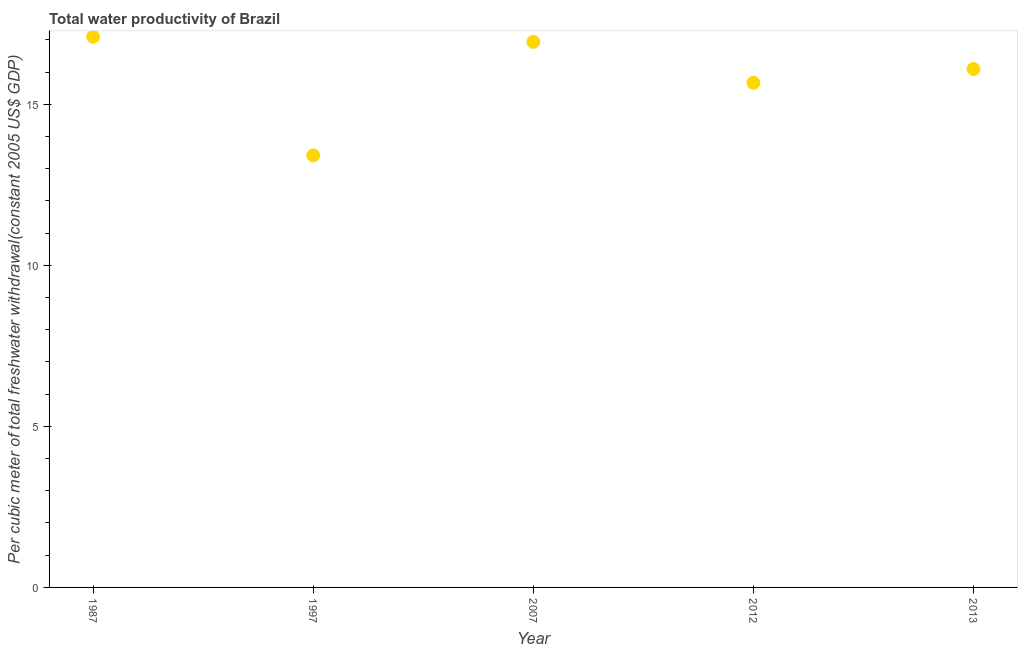
| Year | Water productivity |
 | --- | --- |
 | 1987 | 17.1 |
 | 1997 | 13.4 |
 | 2007 | 16.9 |
 | 2012 | 15.7 |
 | 2013 | 16.1 |